Vaccination in Bombay 1889-1901 - 1889-1901
Year: 1889
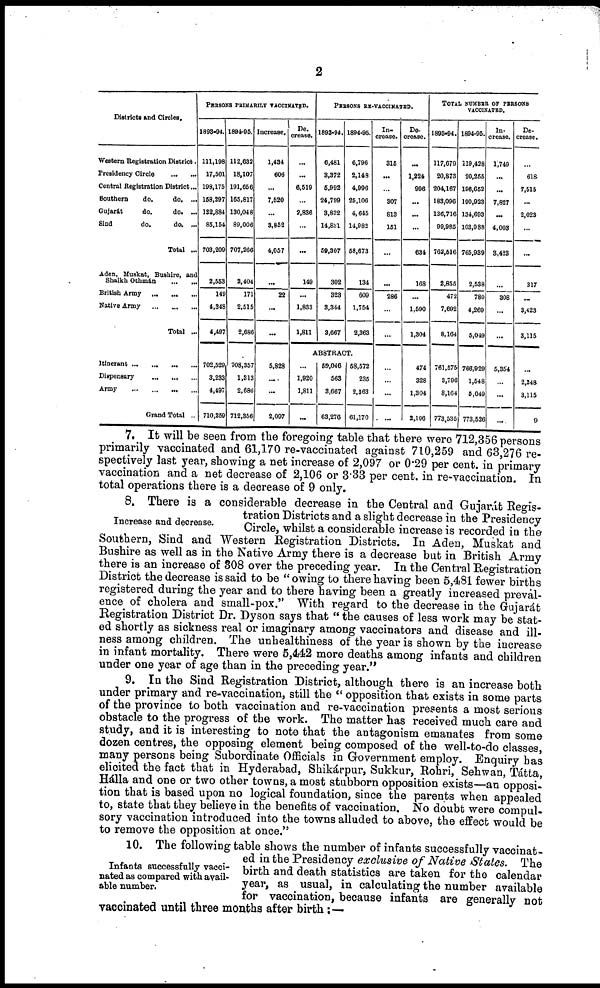
2
Districts and Circles.
Western Registration District.
Presidency Circle
...
...
Central Registration District...
Southern
do.
do. ...
Gujarát
do.
do. ...
Sind
do.
do. ...
Total ...
Aden, Muskat, Bushire, and
Shaikh Othmán ... ...
British Army
...
...
...
Native Army
...
...
...
Total ...
Itinerant
...
...
...
...
Dispensary ... ... ...
Army ... ... ... ...
Grand Total ..
PERSONS PRIMARILY VACCINATED.
1893-94.
111,198
17,501
198,176
158,297
132,884
85,154
703,209
2,553
149
4,348
4,497
702,529
3,233
4,497
710,259
1894-95.
112,832
18,107
191,656.
165,817
130,048
89,006
707,266
2,404
171
2,515
2,686
708,357
1,313
2,680
712,356
Increase.
1,434
606
...
7,520
...
3,852
4,057
...
22
...
...
5,828
...
...
2,097
De.
crease.
...
...
6,519
...
2,836
...
...
149
...
1,833
1,811
PERSONS RE-VACCINATED.
1893-94.
6,481
3,372
6,992
24,799
3,832
14,831
59,307
302
323
8,344
3,667
1894-95.
6,796
2,148
4,996
25,106
4,645
14,982
58,673
134
609
1,754
2,363
ABSTRACT.
...
1,920
1,811
...
59,046
563
3,667
63,276
58,572
235
2,363
61,170
In.
crease.
315
...
...
307
813
151
...
...
286
...
...
...
...
...
...
De-
crease.
...
1,224
996
...
...
...
634
168
...
1,590
1,304
474
328
1,304
2,106
TOTAL NUMBER OF PERSONS
VACCINATED.
1893-94.
117,679
20,873
204,167
183,096
136,716
99,985
762,516
2,855
472
7,692
8,164
761,575
3,796
8,164
773,535
1894-95.
119,428
20,255
196,652
190,923
134,693
103,988
765,939
2,538
780
4,269
5,049
766,929
1,548
5,049
773,526
In-
crease.
1,749
...
...
7,827
...
4,003
3,423
...
308
...
...
5,354
...
...
...
De-
crease.
...
618
7,515
...
2,023
...
...
317
...
3,423
3,115
...
2,248
3,115
9
7. It will be seen from the foregoing table that there were 712,356 persons
primarily vaccinated and 61,170 re-vaccinated against 710,259 and 63,276 re-
spectively last year, showing a net increase of 2,097 or 0.29 per cent. in primary
vaccination and a net decrease of 2,106 or 3.33 per cent. in re-vaccination. In
total operations there is a decrease of 9 only.
Increase and decrease.
8. There is a considerable decrease in the Central and Gujarát Regis-
tration Districts and a slight decrease in the Presidency
Circle, whilst a considerable increase is recorded in the
Southern, Sind and Western Registration Districts. In Aden, Muskat and
Bushire as well as in the Native Army there is a decrease but in British Army
there is an increase of 308 over the preceding year. In the Central Registration
District the decrease is said to be "owing to there having been 5,481 fewer births
registered during the year and to there having been a greatly increased preval-
ence of cholera and small-pox." With regard to the decrease in the Gujarát
Registration District Dr. Dyson says that " the causes of less work may be stat-
ed shortly as sickness real or imaginary among vaccinators and disease and ill-
ness among children. The unhealthiness of the year is shown by the increase
in infant mortality. There were 5,442 more deaths among infants and children
under one year of age than in the preceding year."
9. In the Sind Registration District, although there is an increase both
under primary and re-vaccination, still the " opposition that exists in some parts
of the province to both vaccination and re-vaccination presents a most serious
obstacle to the progress of the work. The matter has received much care and
study, and it is interesting to note that the antagonism emanates from some
dozen centres, the opposing element being composed of the well-to-do classes,
many persons being Subordinate Officials in Government employ. Enquiry has
elicited the fact that in Hyderabad, Shikárpur, Sukkur, Rohri, Sehwan, Tátta,
Hálla and one or two other towns, a most stubborn opposition exists—an opposi-
tion that is based upon no logical foundation, since the parents when appealed
to, state that they believe in the benefits of vaccination. No doubt were compul-
sory vaccination introduced into the towns alluded to above, the effect would be
to remove the opposition at once."
Infants successfully vacci-
nated as compared with avail-
able number.
10. The following table shows the number of infants successfully vaccinat-
ed in the Presidency exclusive of Native States. The
birth and death statistics are taken for the calendar
year, as usual, in calculating the number available
for vaccination, because infants are generally not
vaccinated until three months after birth:—